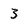
Character: 3